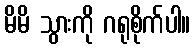
မိမိ သွားကို ဂရုစိုက်ပါ။